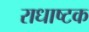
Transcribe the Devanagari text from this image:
राधाष्टक